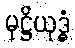
မုဋ္ဌိယုဒ္ဓံ